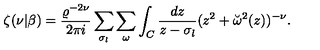
\zeta ( \nu | \beta ) = { \frac { \varrho ^ { - 2 \nu } } { 2 \pi i } } \sum _ { \sigma _ { l } } \sum _ { \omega } \int _ { C } { \frac { d z } { z - \sigma _ { l } } } ( z ^ { 2 } + \breve { \omega } ^ { 2 } ( z ) ) ^ { - \nu } .